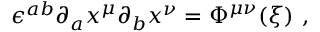
\epsilon ^ { a b } \partial _ { a } x ^ { \mu } \partial _ { b } x ^ { \nu } = \Phi ^ { \mu \nu } ( { \xi } ) \ ,